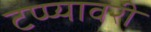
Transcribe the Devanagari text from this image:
टप्प्यावरी